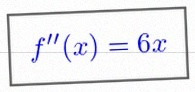
f''(x)=6x